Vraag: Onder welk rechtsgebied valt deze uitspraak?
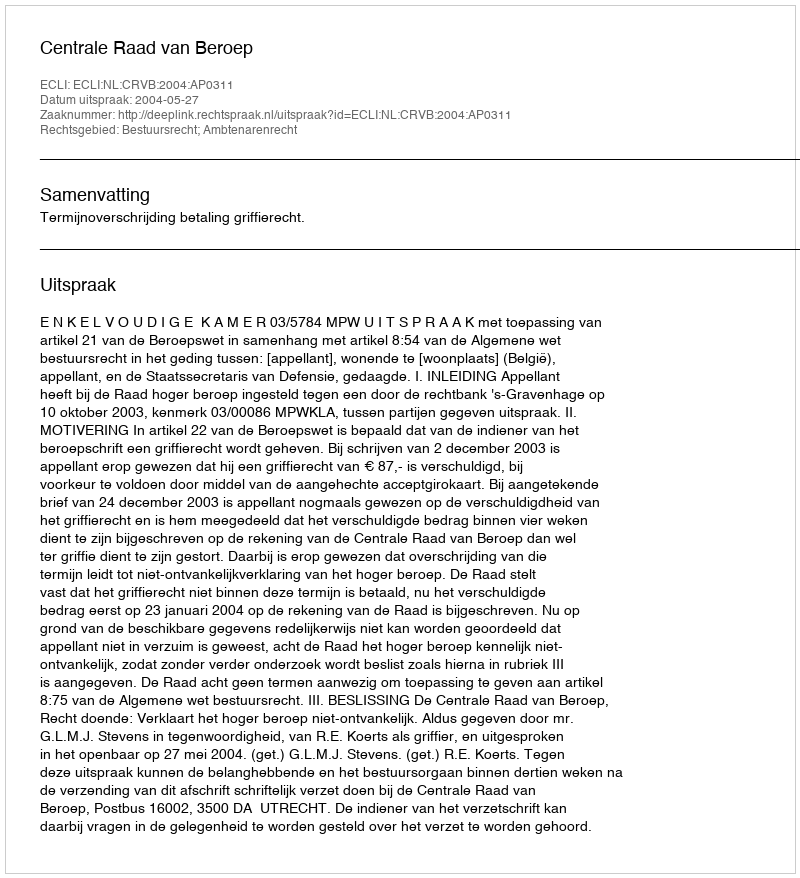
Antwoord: Bestuursrecht; Ambtenarenrecht